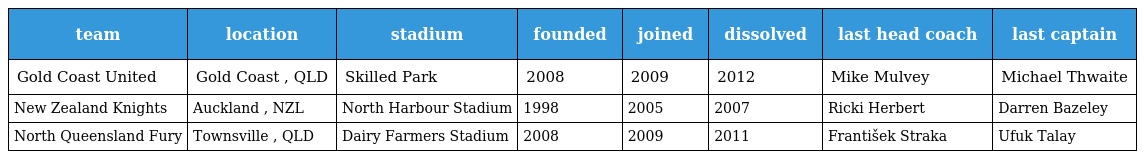
| team | location | stadium | founded | joined | dissolved | last head coach | last captain |
 | --- | --- | --- | --- | --- | --- | --- | --- |
 | Gold Coast United | Gold Coast , QLD | Skilled Park | 2008 | 2009 | 2012 | Mike Mulvey | Michael Thwaite |
 | New Zealand Knights | Auckland , NZL | North Harbour Stadium | 1998 | 2005 | 2007 | Ricki Herbert | Darren Bazeley |
 | North Queensland Fury | Townsville , QLD | Dairy Farmers Stadium | 2008 | 2009 | 2011 | František Straka | Ufuk Talay |